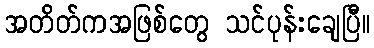
အတိတ်ကအဖြစ်တွေ သင်ပုန်းချေပြီ။